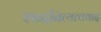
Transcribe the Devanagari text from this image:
शब्दनित्यत्ववाद